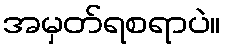
အမှတ်ရစရာပဲ။